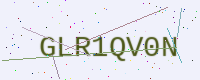
Text: GLR1QV0N